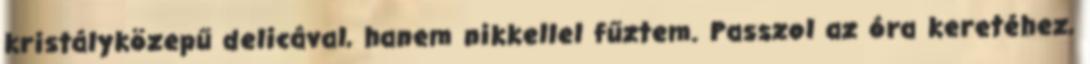
kristályközepű delicával, hanem nikkellel fűztem. Passzol az óra keretéhez,